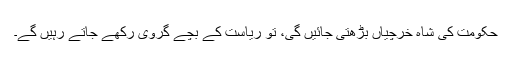
حکومت کی شاہ خرچیاں بڑھتی جائیں گی، تو ریاست کے بچے گروی رکھے جاتے رہیں گے۔